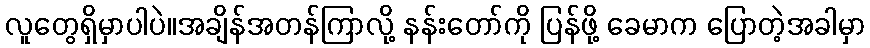
လူတွေရှိမှာပါပဲ။အချိန်အတန်ကြာလို့ နန်းတော်ကို ပြန်ဖို့ ခေမာက ပြောတဲ့အခါမှာ